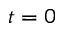
t = 0